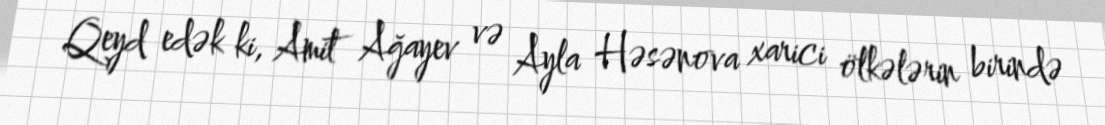
Qeyd edək ki, Amit Ağayev və Ayla Həsənova xarici ölkələrin birində